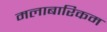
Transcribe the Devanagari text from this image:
मलाबारिकम